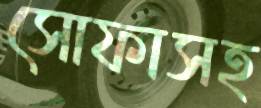
সোফাসহ